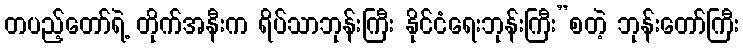
တပည့်တော်ရဲ့ တိုက်အနီးက ရိပ်သာဘုန်းကြီး နိုင်ငံရေးဘုန်းကြီး”စတဲ့ ဘုန်းတော်ကြီး